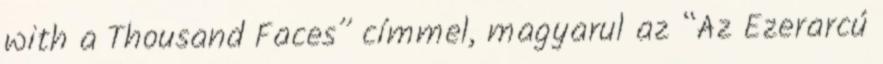
with a Thousand Faces” címmel, magyarul az “Az Ezerarcú